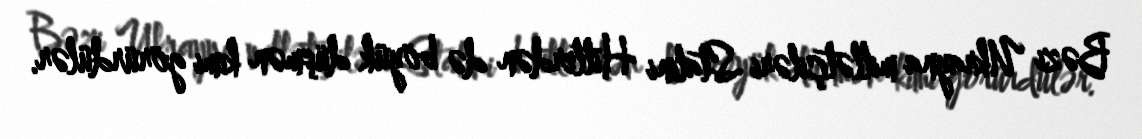
Bəzi Ukrayna millətçiləri Stalini Hitlerdən də böyük düşmən kimi görürdülər.